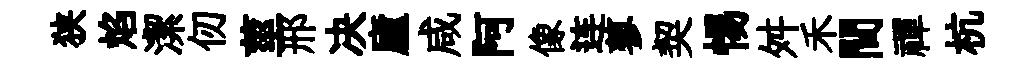
狭焰潔仞莖邢决廬咸阿像连蓼契惕舛禾間禪杭